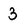
Character: 3